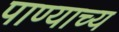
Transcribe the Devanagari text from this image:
पाण्याच्य